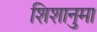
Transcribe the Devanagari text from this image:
शिशानुमा